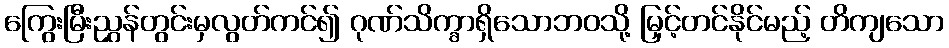
ကြွေးမြီးညွှန်တွင်းမှလွတ်ကင်၍ ဂုဏ်သိက္ခာရှိသောဘဝသို့ မြှင့်တင်နိုင်မည့် တိကျသော